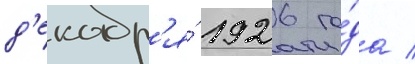
д'екабр'я́ 1926 го́да /